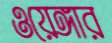
ওয়েঙ্গার